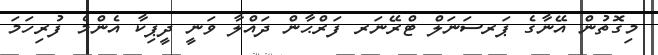
މިގޮތުން އޭނާގެ ޕަރސަނަލް ޓްރޭނަރ ފަރްޙާން ދައްލާ ވަނީ ދީޕިކާ އެންމެ ފުރިހަމަ